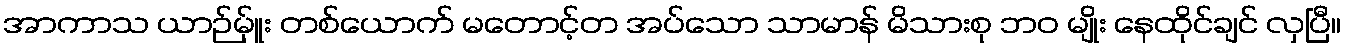
အာကာသ ယာဉ်မ်ှူး တစ်ယောက် မတောင့်တ အပ်သော သာမာန် မိသားစု ဘဝ မျိုး နေထိုင်ချင် လှပြီ။